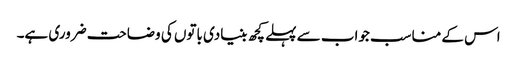
اس کے مناسب جواب سے پہلے کچھ بنیادی باتوں کی وضاحت ضروری ہے۔